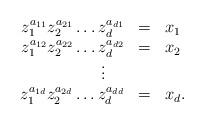
LaTeX: \begin{align*}\begin{array}{rcl} z_1^{a_{11}}z_2^{a_{21}}\ldots z_d^{a_{d1}}&=&x_1\\ z_1^{a_{12}}z_2^{a_{22}}\ldots z_d^{a_{d2}}&=&x_2\\ \multicolumn{3}{c}{\vdots}\\ z_1^{a_{1d}}z_2^{a_{2d}}\ldots z_d^{a_{dd}}&=&x_d.\end{array}\end{align*}